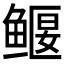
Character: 𫚢